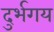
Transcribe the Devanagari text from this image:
दुर्भगय